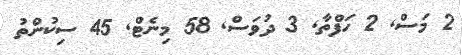
2 މަސް